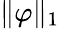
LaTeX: \| \varphi\| _{1}